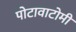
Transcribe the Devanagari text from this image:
पोटावाटोमी